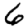
Digit: 6